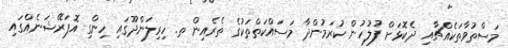
މަސްތުވާތަކެއްޗާއި ދެކޮޅަށް ފުލުހުން ކުރަމުންދާ މަސައްކަތްތަކުގެ ތެރެއިން ތ. ހިރިލަންދޫގައި ހިންގި އޮޕަރޭޝަނެއްގައި